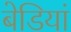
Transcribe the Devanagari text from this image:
बेडियां